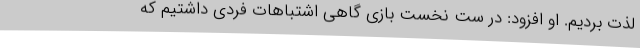
لذت بردیم. او افزود: در ست نخست بازی گاهی اشتباهات فردی داشتیم که